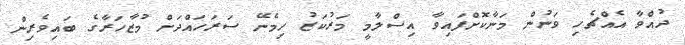
ދުއްވާ އެއްޗެހި ވަނުން މަނާކޮށްފައިވާ އިސްލާމީ މަރުކަޒު ހިމެނޭ ސަރަހައްދަށް މުޒާހަރާގެ ބައިވެރިން